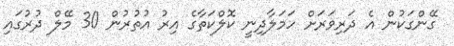
ގޭންގަކުން އެ ދަރިވަރަށް ހަމަލާދިނީ ކޮލްކަތާގެ އިރު އުތުރުން 30 މޭލް ދުރުގައި